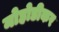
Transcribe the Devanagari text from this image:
मोहोडीकर